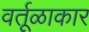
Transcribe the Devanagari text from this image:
वर्तूळाकार